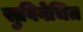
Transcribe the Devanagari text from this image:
सुविवेचित